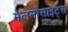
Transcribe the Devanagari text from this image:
मेलनोसाइट्स